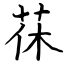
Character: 茠